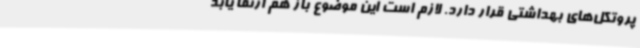
پروتکل‌های بهداشتی قرار دارد. لازم است این موضوع باز هم ارتقا یابد